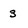
Character: 3